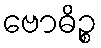
ဗောဓိဉ္စ